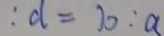
: d = 1 0 : a